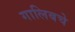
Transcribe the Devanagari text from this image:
गालिबचे